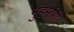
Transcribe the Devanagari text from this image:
मुंहमांगी